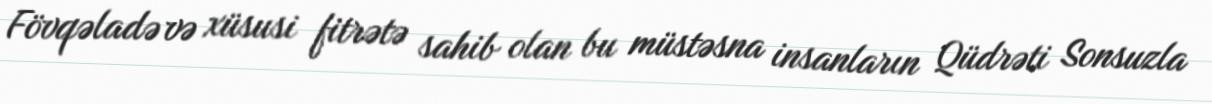
Fövqəladə və xüsusi fitrətə sahib olan bu müstəsna insanların Qüdrəti Sonsuzla